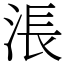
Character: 涱